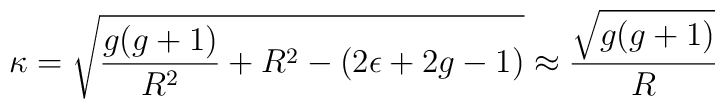
\kappa = \sqrt{{g(g+1)\over R^{2}}+R^{2}-(2\epsilon + 2g - 1)}\approx{\sqrt{g(g+1)}\over R}